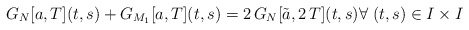
\begin{align*}G_{N}[a,T](t,s)+G_{M_1}[a,T](t,s)=2\, G_N[\tilde{a},2\,T](t,s)\forall \; (t,s)\in I\times I\end{align*}